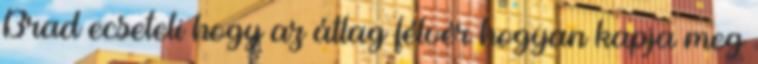
Brad ecseteli hogy az átlag félvér hogyan kapja meg